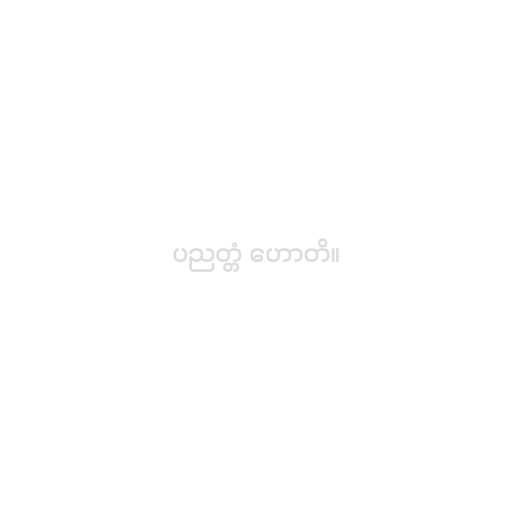
ပညတ္တံ ဟောတိ။